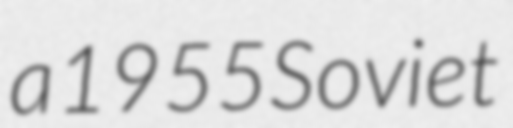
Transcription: a 1955 Soviet